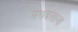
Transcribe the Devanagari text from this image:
मगदलाना